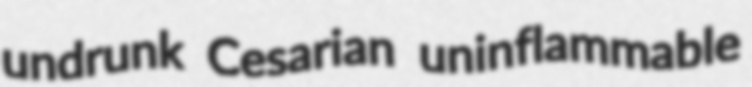
undrunk Cesarian uninflammable